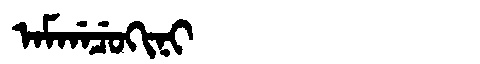
Manchu: ᠠᠮᡤᠠᠴᡠᡴᡳᠨᡳ
Romanization: AMGACUKINI